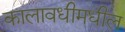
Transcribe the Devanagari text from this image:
कालावधीमधील